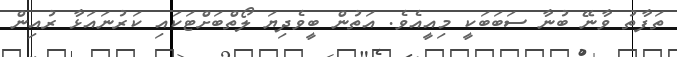
ތަފާތު ވާނޭ ބުނާ ސަބަބަކީ މިއީއެވެ. އަތުން ބީވެދިޔަ ލޯތްބަށްޓަކައި ކަރުނައަޅާ ރުއިން